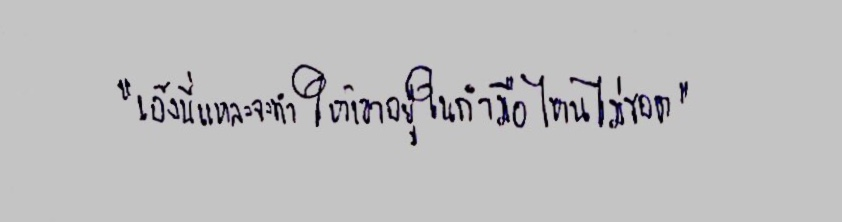
"เอ็งนี่แหละจะทำให้เขาอยู่ในกำมือไหนไม่รอด"